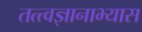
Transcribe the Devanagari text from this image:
तत्त्वज्ञानाभ्यास